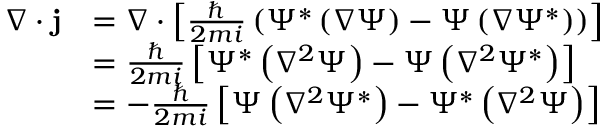
{ \begin{array} { r l } { \nabla \cdot \mathbf { j } } & { = \nabla \cdot \left[ { \frac { \hbar } { 2 m i } } \left( \Psi ^ { * } \left( \nabla \Psi \right) - \Psi \left( \nabla \Psi ^ { * } \right) \right) \right] } \\ & { = { \frac { \hbar } { 2 m i } } \left[ \Psi ^ { * } \left( \nabla ^ { 2 } \Psi \right) - \Psi \left( \nabla ^ { 2 } \Psi ^ { * } \right) \right] } \\ & { = - { \frac { \hbar } { 2 m i } } \left[ \Psi \left( \nabla ^ { 2 } \Psi ^ { * } \right) - \Psi ^ { * } \left( \nabla ^ { 2 } \Psi \right) \right] } \end{array} }